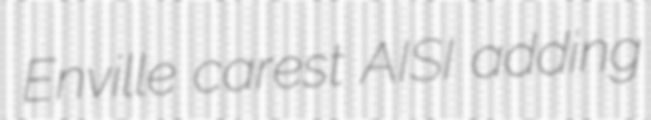
Enville carest AISI adding